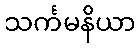
သင်္ကမနိယာ